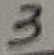
Text: 3